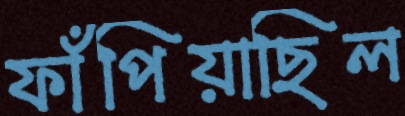
ফাঁপিয়াছিল